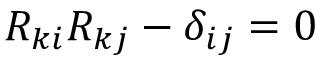
R _ { k i } R _ { k j } - \delta _ { i j } = 0